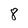
Character: 8